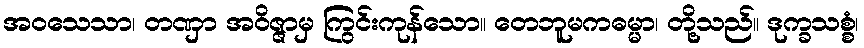
အဝသေသာ၊ တဏှာ အဝိဇ္ဇာမှ ကြွင်းကုန်သော။ တေဘူမကဓမ္မာ၊ တို့သည်။ ဒုက္ခသစ္စံ၊